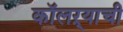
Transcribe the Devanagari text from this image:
कॉलऱ्याची